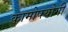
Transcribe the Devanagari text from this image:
कामोपयोगी